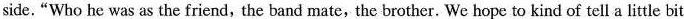
side. "Who he was as the friend, the band mate,the brother. We hope to kind of tell a little bit